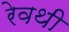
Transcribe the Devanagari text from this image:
रेवथी